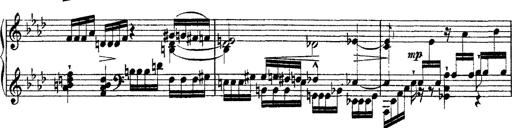
Title: Ã‰tudes d'exÃ©cution transcendante d'aprÃ¨s Paganini
Composer: Franz Liszt